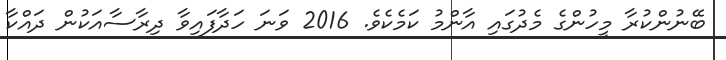
ބޭނުންކުރާ މީހުންގެ މެދުގައި އާންމު ކަމެކެވެ. 2016 ވަނަ ހަދާފައިވާ ދިރާސާއަކުން ދައްކާ